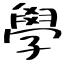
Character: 學